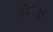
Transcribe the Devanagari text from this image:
रिकार्डा